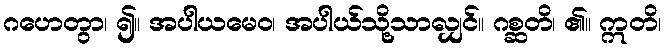
ဂဟေတွာ၊ ၍။ အပါယမေဝ၊ အပါယ်သို့သာလျှင်။ ဂစ္ဆတိ၊ ၏။ ဣတိ၊